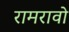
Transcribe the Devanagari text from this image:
रामरावो